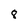
Character: 8